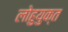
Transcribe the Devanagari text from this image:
लोहुयुक्त